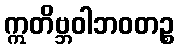
ဣတိဗ္ဘဝါဘဝတဉ္စ